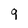
Character: q